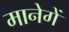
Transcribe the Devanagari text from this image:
मानेगें